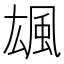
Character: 䫺